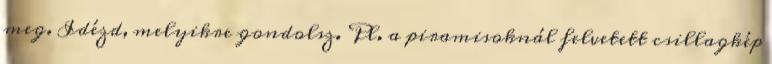
meg. Idézd, melyikre gondolsz. Pl. a piramisoknál felvetett csillagkép